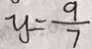
y = \frac { 9 } { 7 }